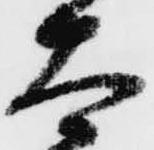
大